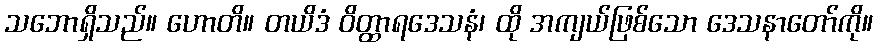
သဘောရှိသည်။ ဟောတိ။ တယိဒံ ဝိတ္ထာရဒေသနံ၊ ထို အကျယ်ဖြစ်သော ဒေသနာတော်ကို။